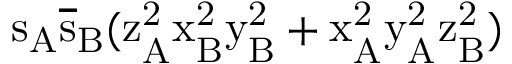
\mathrm { s _ { A } \mathrm { \overline { { s } } _ { B } ( \mathrm { z _ { A } ^ { 2 } \mathrm { x _ { B } ^ { 2 } \mathrm { y _ { B } ^ { 2 } + \mathrm { x _ { A } ^ { 2 } \mathrm { y _ { A } ^ { 2 } \mathrm { z _ { B } ^ { 2 } ) } } } } } } } }